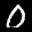
Label: 0